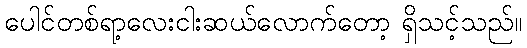
ပေါင်တစ်ရာ့လေးငါးဆယ်လောက်တော့ ရှိသင့်သည်။